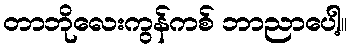
တာဘိုလေးကွန်ကစ် ဘာညာပေါ့။